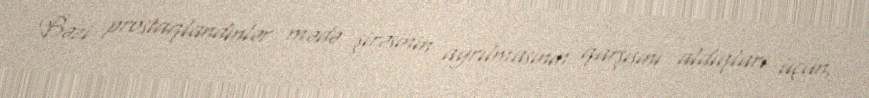
Bəzi prostaqlandinlər mədə şirəsinin ayrılmasının qarşısını aldıqları üçün,